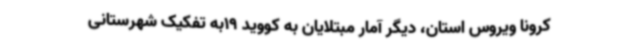
کرونا ویروس استان، دیگر آمار مبتلایان به کووید 19به تفکیک شهرستانی